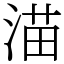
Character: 渵